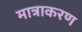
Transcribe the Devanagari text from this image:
मात्राकरण